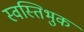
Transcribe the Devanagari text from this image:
स्वस्तिभुक